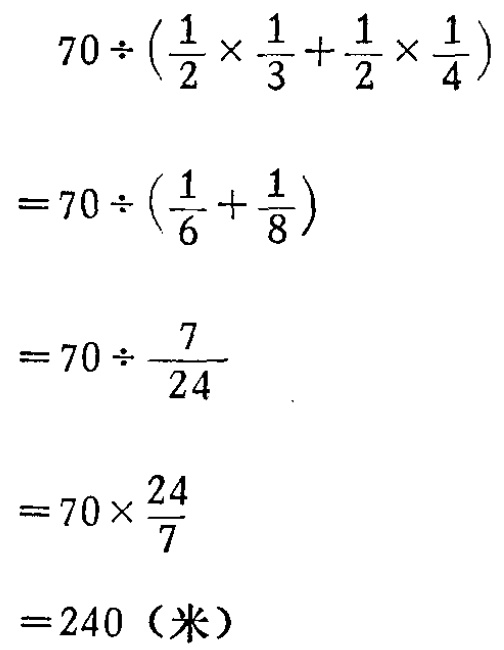
\[

\begin{align*}

&70\div(\frac{1}{2}\times\frac{1}{3}+\frac{1}{2}\times\frac{1}{4})\\

=&70\div(\frac{1}{6}+\frac{1}{8})\\

=&70\div\frac{7}{24}\\

=&70\times\frac{24}{7}\\

=&240（米）

\end{align*}

\]